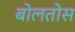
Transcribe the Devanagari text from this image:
बोलतोस